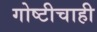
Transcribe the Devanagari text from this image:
गोष्टीचाही